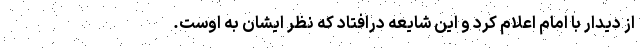
از دیدار با امام اعلام کرد و این شایعه درافتاد که نظر ایشان به اوست.